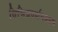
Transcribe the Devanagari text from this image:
विभिन्नदर्शनग्रहण